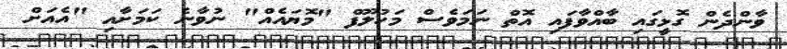
ވާންދެން ގޮޅީގައި ބާއްވާފައި އޮތް ނަމަވެސް މަހުލޫފް "މޮޔައެއް" ނުވާނެ ކަމަށާއި "އެއަށް